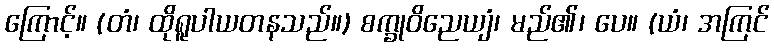
ကြောင့်။ (တံ၊ ထိုရူပါယတနသည်။) စက္ခုဝိညေယျံ၊ မည်၏၊ ပေ။ (ယံ၊ အကြင်